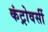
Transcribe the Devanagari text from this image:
कंट्रोवर्सी